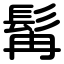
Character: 髯